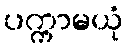
ပက္ကာမယုံ